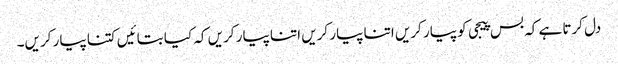
دل کرتا ہے کہ بس پیجی کو پیار کریں اتنا پیار کریں اتنا پیار کریں کہ کیا بتائیں کتنا پیار کریں۔